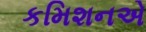
કમિશનએ